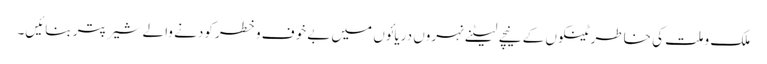
ملک و ملت کی خاطر ٹینکوں کے نیچے لیٹنے نہروں دریائوں میں بے خوف وخطر کودنے والے شیر پتر بنائیں۔